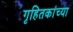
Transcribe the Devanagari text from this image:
गृहितकांच्या